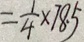
= \frac { 1 } { 4 } \times 7 8 . 5